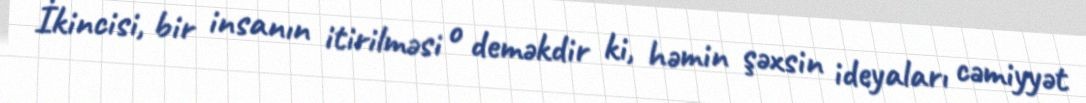
İkincisi, bir insanın itirilməsi o deməkdir ki, həmin şəxsin ideyaları cəmiyyət